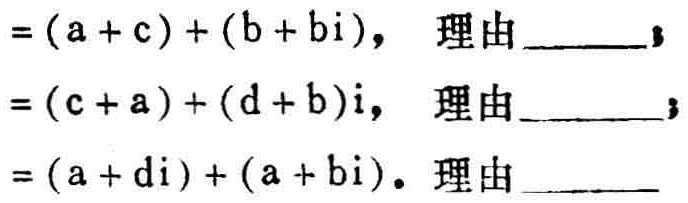
$=(a + c)+(b + bi)，理由\underline{\qquad}；
=(c + a)+(d + b)i，理由\underline{\qquad}；
=(a + di)+(a + bi)。理由\underline{\qquad}$